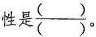
性是\frac{()}{()}